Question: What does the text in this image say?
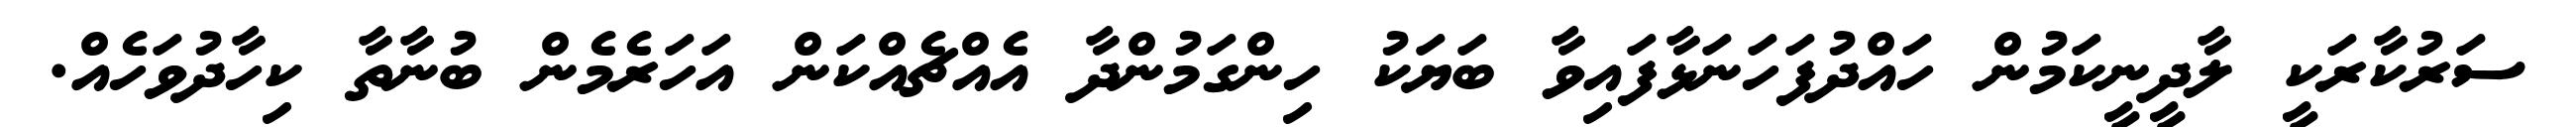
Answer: ސަރުކާރަކީ ލާދީނީކަމުން ހައްދުފަހަނަޅާފައިވާ ބަޔަކު ހިންގަމުންދާ އެއްޗެއްކަން އަހަރެމެން ބުނާތާ ކިހާދުވަހެއް.